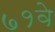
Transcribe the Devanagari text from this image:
७१वे